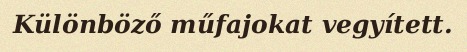
Különböző műfajokat vegyített.